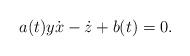
LaTeX: \begin{align*}a(t)y\dot x-\dot z+b(t)=0.\end{align*}